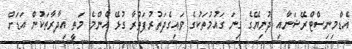
އެޑްމިނިސްޓްރޭޝަނާއި ދުނިޔޭގެ ގިނަ ގައުމުތަކުގެ ވައިގެދަތުރުފަތުރާ ގުޅޭ އެންމެ މަތީ އިދާރާތަކުން އަޑަށް